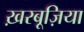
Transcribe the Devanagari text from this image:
ख़रबूज़िया